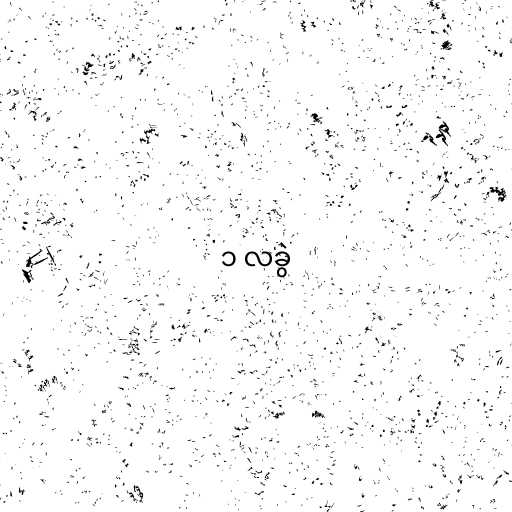
၁ လခွဲ